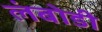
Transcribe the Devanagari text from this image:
लंबोडी